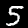
Digit: 5